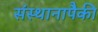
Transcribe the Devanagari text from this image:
संस्थानापैकी